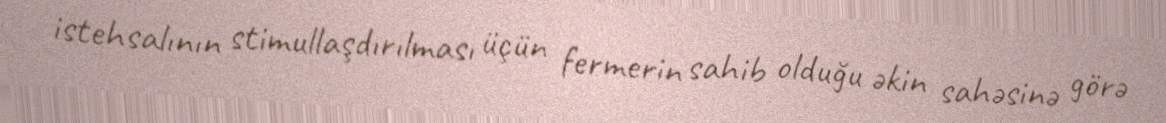
istehsalının stimullaşdırılması üçün fermerin sahib olduğu əkin sahəsinə görə